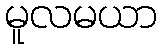
မူလမယာ